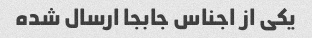
یکی از اجناس جابجا ارسال شده